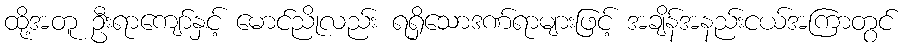
ထို့အတူ ဦးရာကျော်နှင့် မောင်ညိုလည်း ရရှိသောဒဏ်ရာများဖြင့် အချိန်အနည်းငယ်အကြာတွင်